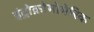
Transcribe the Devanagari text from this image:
इंट्रोक्रोमोमेरिक